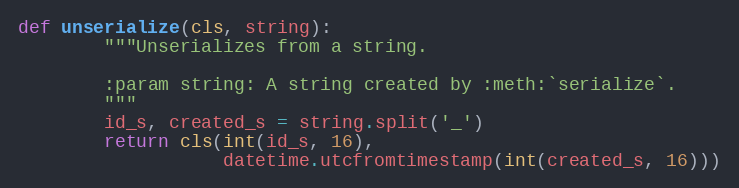
Language: Python
def unserialize(cls, string):
        """Unserializes from a string.

        :param string: A string created by :meth:`serialize`.
        """
        id_s, created_s = string.split('_')
        return cls(int(id_s, 16),
                   datetime.utcfromtimestamp(int(created_s, 16)))